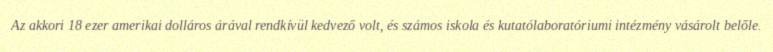
Az akkori 18 ezer amerikai dolláros árával rendkívül kedvező volt, és számos iskola és kutatólaboratóriumi intézmény vásárolt belőle.